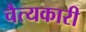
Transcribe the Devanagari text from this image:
चैत्यकारी